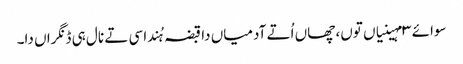
سوائے ٣ مہینیاں توں، چھاں اُتے آدمیاں دا قبضہ ہُندا سی تے نال ہی ڈنگراں دا۔